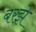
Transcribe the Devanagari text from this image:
बरझे